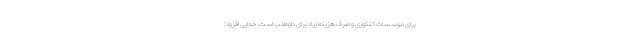
برای موسسات کنکوری و صرف هزینه زیاد برای داوطلب است. خدایی افزود: